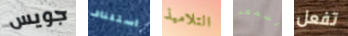
جويس استئناف التلاميذ يسمعه تفعل